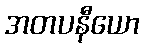
အတပနီယော